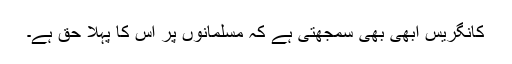
کانگریس ابھی بھی سمجھتی ہے کہ مسلمانوں پر اس کا پہلا حق ہے۔